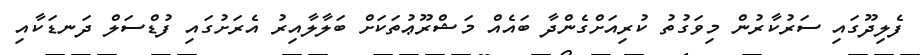
ފެލިދޫގައި ސަރުކާރުން މިވަގުތު ކުރިއަށްގެންދާ ބައެއް މަޝްރޫޢުތަކަށް ބަލާލާއިރު އެރަށުގައި ފުޑްސަލް ދަނޑަކާއި